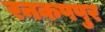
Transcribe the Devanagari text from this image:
रनकपपुर